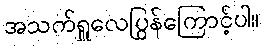
အသက်ရှူလေပြွန်ကြောင့်ပါ။